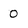
Character: 0